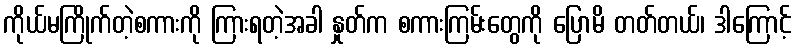
ကိုယ်မကြိုက်တဲ့စကားကို ကြားရတဲ့အခါ နှုတ်က စကားကြမ်းတွေကို ပြောမိ တတ်တယ်၊ ဒါကြောင့်